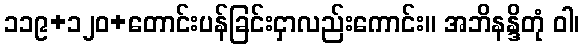
၁၁၉+၁၂၀+တောင်းပန်ခြင်းငှာလည်းကောင်း။ အဘိနန္ဒိတုံ ဝါ၊